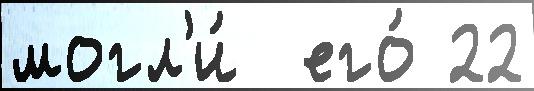
могл'и́  его́ 22